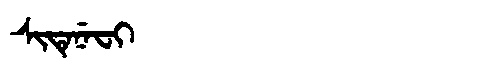
Manchu: ᠰᡳᡨᡝᠨᡝᠸᡳ
Romanization: SITENEFI